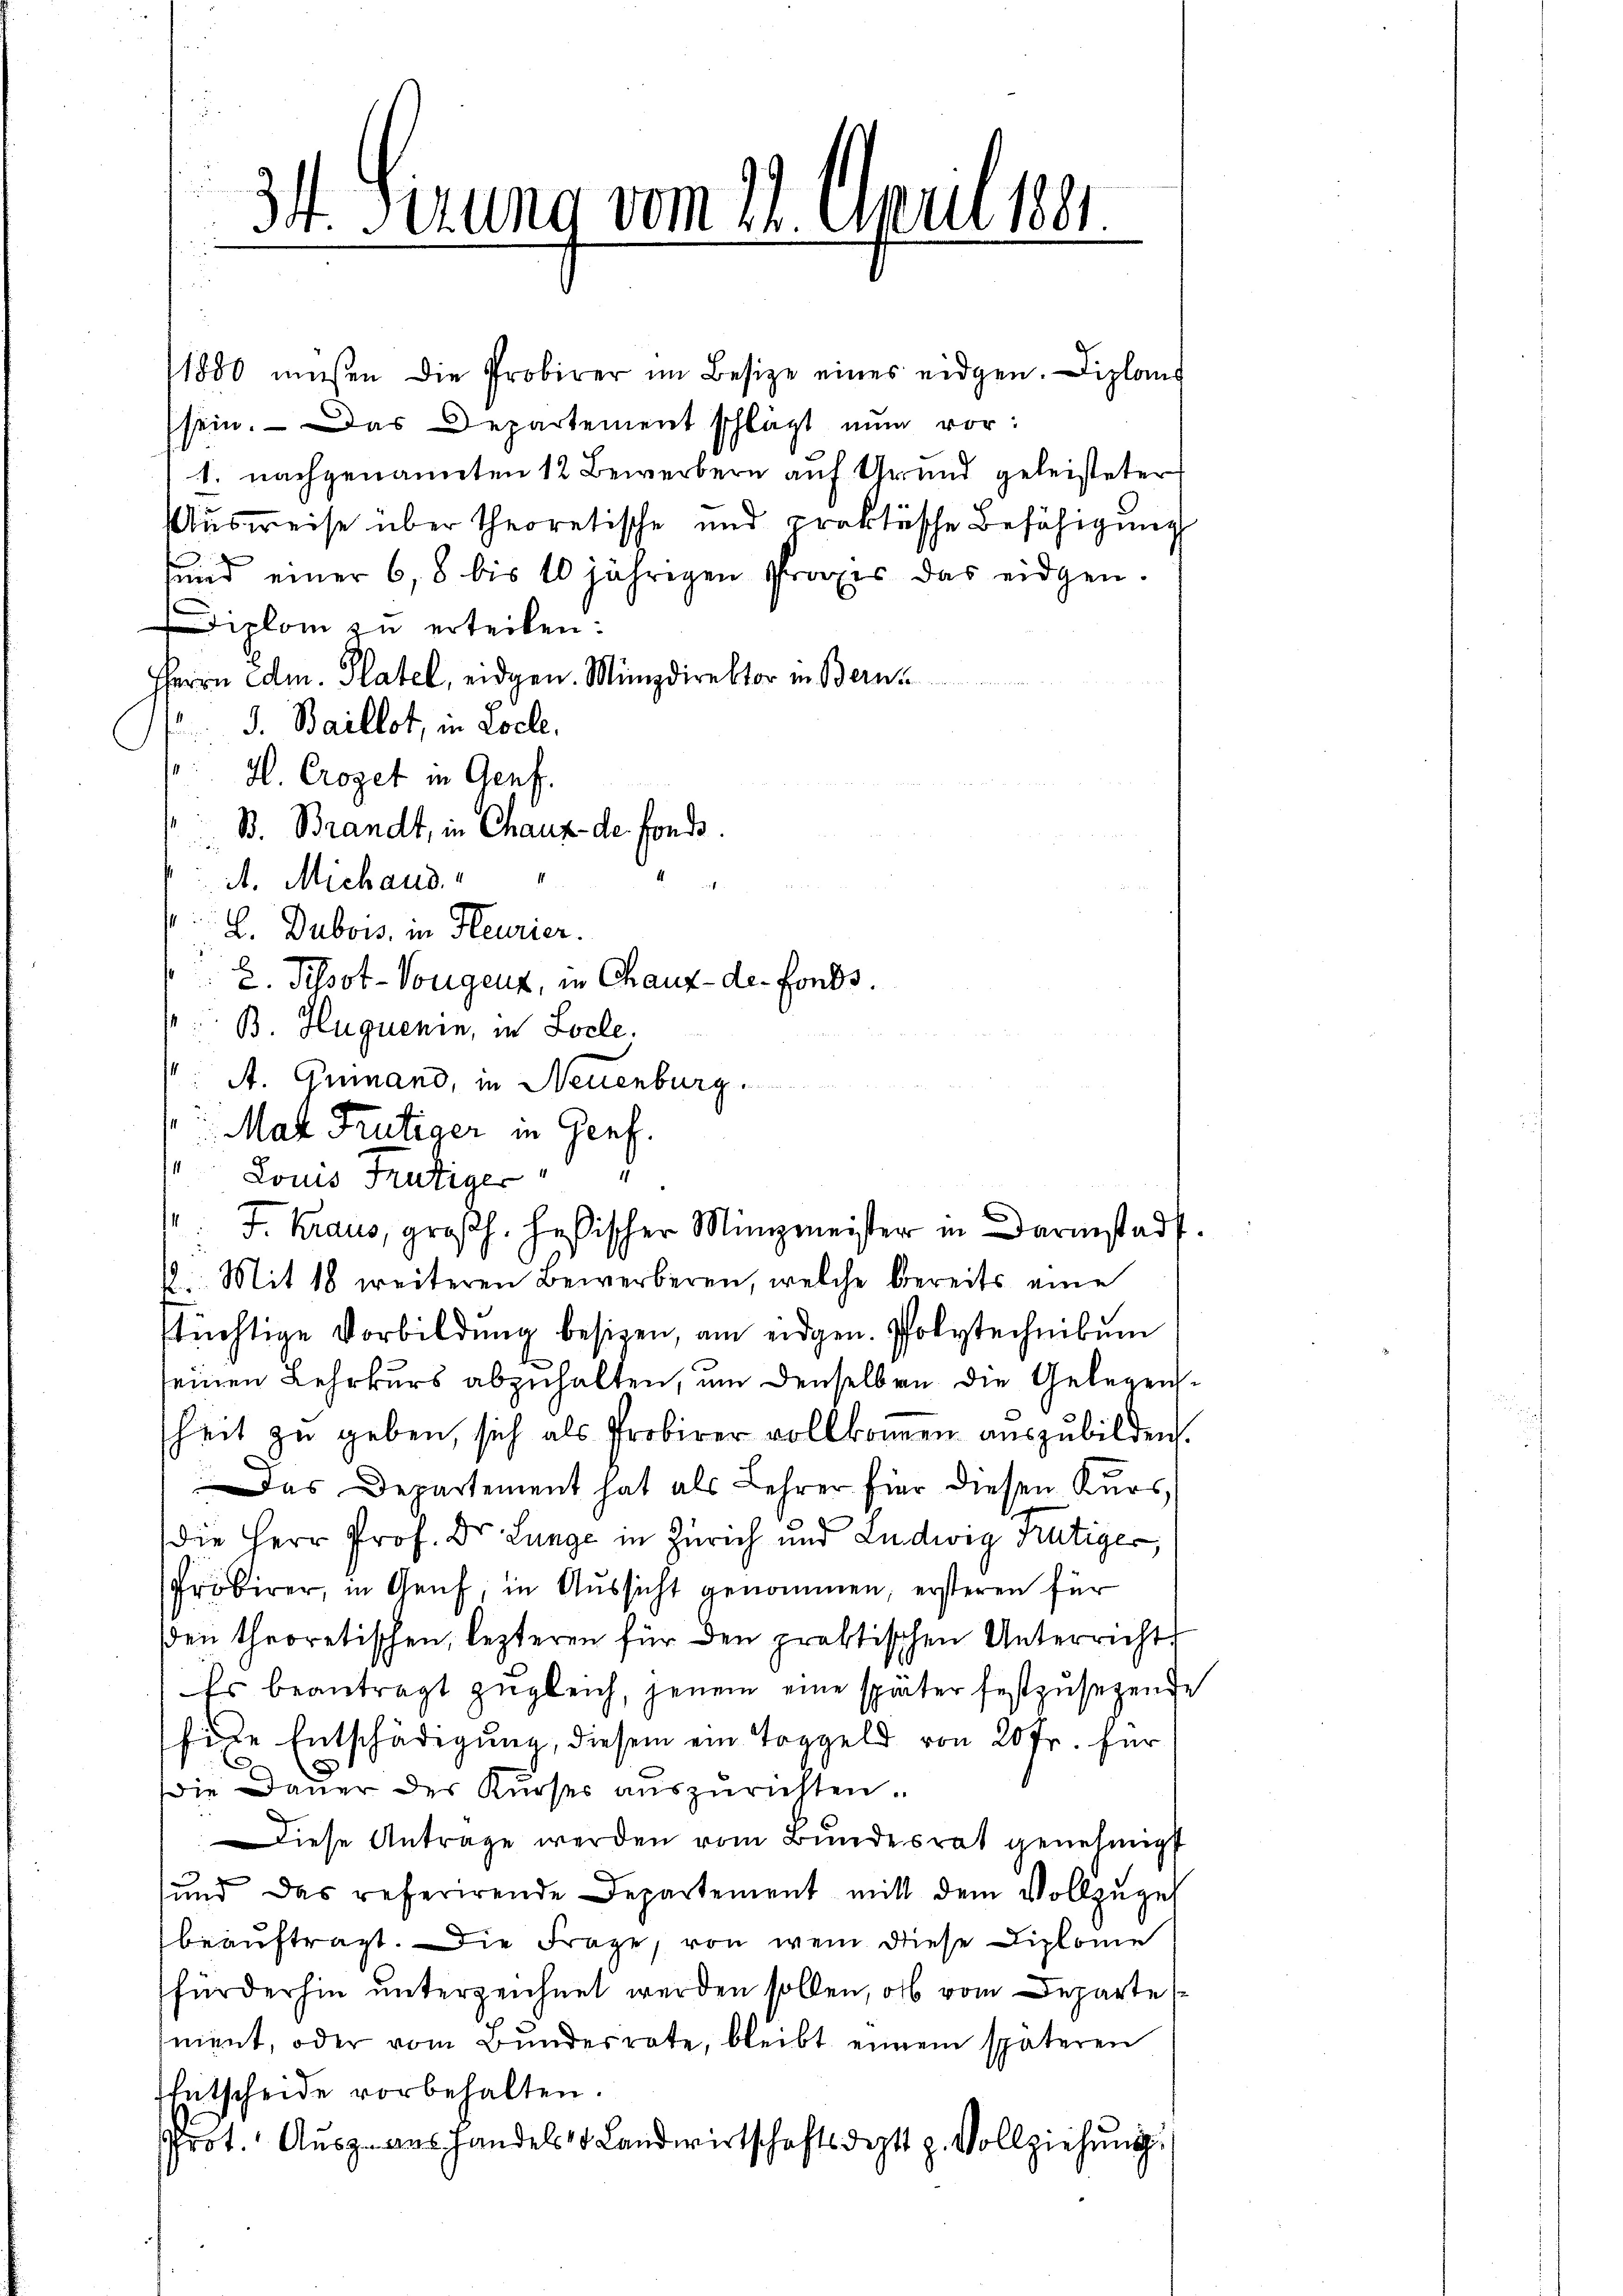
34. Ferung vom 21. April 1891.

1880 müßen die Probirer im Besize eines eidgen. Diplom
sein. Das Departement schlägt nun vor:
1. nachgenannten 12 Bewerbern auf Grund geleisteter
Ausweise über theoretische und praktische Befähigung
sund einer 6, 8 bis 10 jährigen Praxis das eidgen.
Diplom zu erteilen:
HHerrn Am. Platel, eidgen. Münzdirektor in Bern
 J. Baillot, in Locke.
H. Croget in Genf.
B. Brandt, in Chauz- de fonds.
A. Michaud.
E. Dubois, in Heurier.
8. Pissot-Vorgenz, in Chaux-de-Fonds.
 B. Huguenin, in Locle.
: A. Guinand, in Neuenburg.
Mak Frutiger in Genf.
 Louis Frutiger
12. Mit 18 weiteren Bewerberen, welche bereits eine
stüchtige Vorbildung besizen, am eidgen. Polytechnikum
seinen Lehrkurs abzuhalten, um denselben die Gelegenssheit zu geben, sich als Probirer vollkomen auszubilden.
Das Departement hat als Lehrer für diesen Kurs
die Herr Prof. Dr. Lunge in Zürich und Ludwig Frutiger,
Probirer, in Genf, in Aussicht genommen, ersteren für
den theoretischen, lezteren für den praktischen Unterricht
Es beantragt zugleich, jenem eine später festzusetzende
fide Entschädigung, diesem ein Toggeld von 20 Fr. für
.
E
Die Dauer der Kurser auszurichten.
Diese Antrage werden vom Bundesrat genehmigt
g
und das referirende Departement mitt dem Vollzŭges
beauftragt. Die Frage, von wem diese Diplome
fürderhin unterzeichnet werden sollen, ob vom Departe
ment, oder vom Bundesrate, bleibt einem späteren
Entscheide vorbehalten.
rot. Aŭsz aus handels Landwirtschaftsdeptt p. Vollziehŭng.

1: J. Kraus, großh. Heßischer Minizmeister in Darmstadt